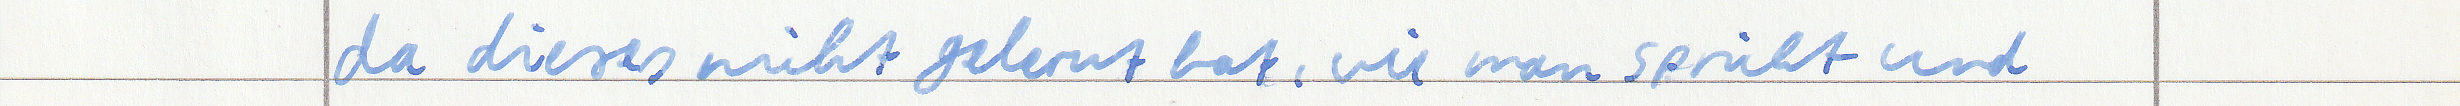
da dieses nicht gerlernt hat, wie man spricht und